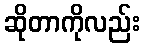
ဆိုတာကိုလည်း